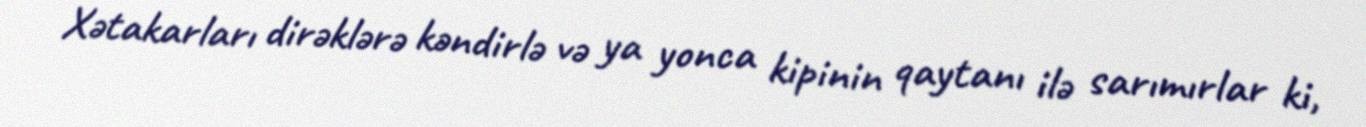
Xətakarları dirəklərə kəndirlə və ya yonca kipinin qaytanı ilə sarımırlar ki,